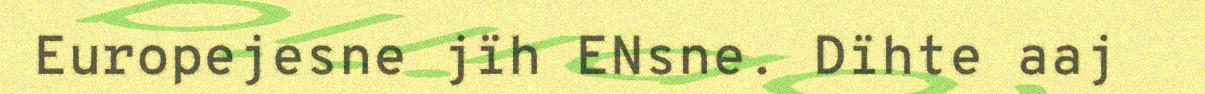
Europejesne jïh ENsne. Dïhte aaj